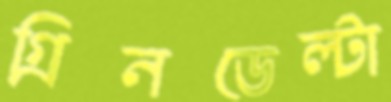
গ্রিনডেল্টা